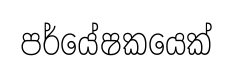
පර්යේෂකයෙක්